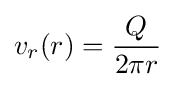
v_{r}(r)={\frac {Q}{2\pi r}}